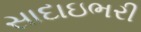
સાદાઇભરી